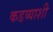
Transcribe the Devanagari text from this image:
कडव्याशी